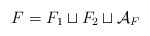
\begin{align*}F = F_1 \sqcup F_2 \sqcup \mathcal{A}_F\end{align*}